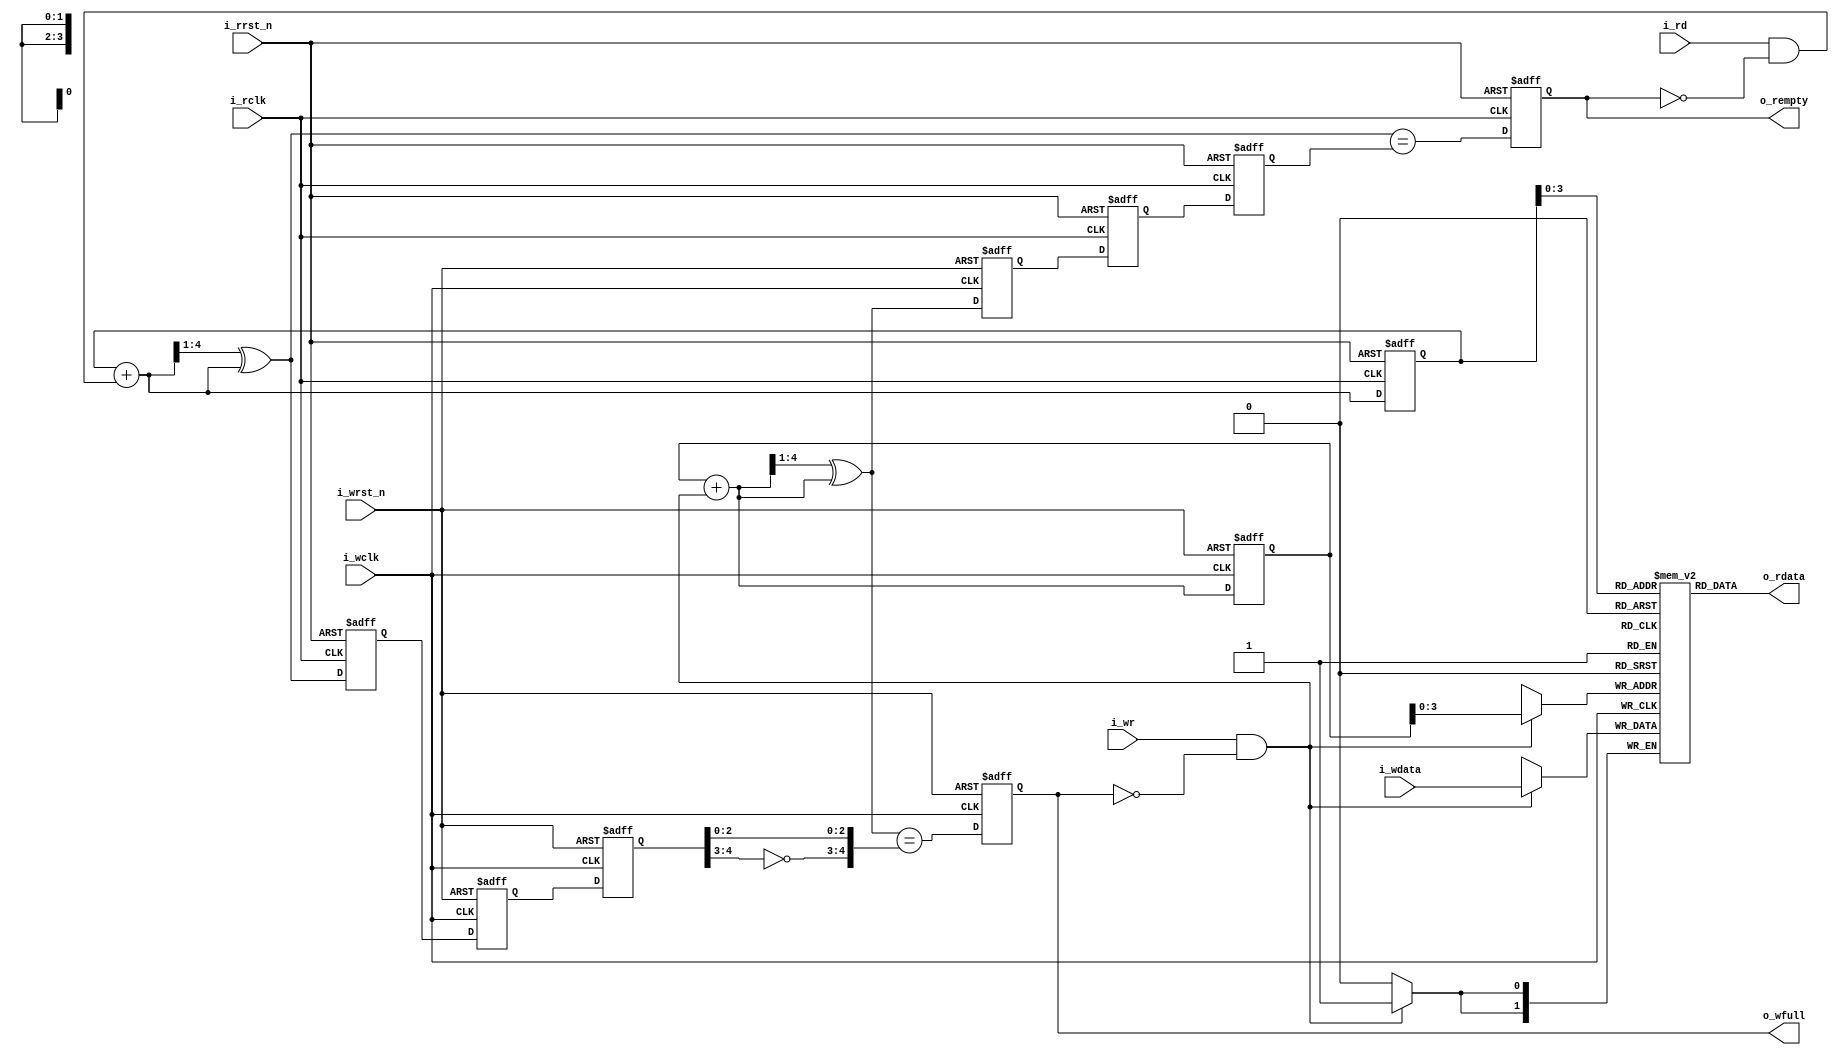
/*
Copyright (c) 2014-2022 Luiz Carlos Gili

Permission is hereby granted, free of charge, to any person obtaining a copy
of this software and associated documentation files (the "Software"), to deal
in the Software without restriction, including without limitation the rights
to use, copy, modify, merge, publish, distribute, sublicense, and/or sell
copies of the Software, and to permit persons to whom the Software is
furnished to do so, subject to the following conditions:

The above copyright notice and this permission notice shall be included in
all copies or substantial portions of the Software.

THE SOFTWARE IS PROVIDED "AS IS", WITHOUT WARRANTY OF ANY KIND, EXPRESS OR
IMPLIED, INCLUDING BUT NOT LIMITED TO THE WARRANTIES OF MERCHANTABILITY
FITNESS FOR A PARTICULAR PURPOSE AND NONINFRINGEMENT. IN NO EVENT SHALL THE
AUTHORS OR COPYRIGHT HOLDERS BE LIABLE FOR ANY CLAIM, DAMAGES OR OTHER
LIABILITY, WHETHER IN AN ACTION OF CONTRACT, TORT OR OTHERWISE, ARISING FROM,
OUT OF OR IN CONNECTION WITH THE SOFTWARE OR THE USE OR OTHER DEALINGS IN
THE SOFTWARE.
*/

// Language: Verilog 2001

`timescale 1ns / 1ps

///////////////////////////////////////////////////////////////////////////////
//
//
// Project:	afifo, A formal proof of Cliff Cummings' asynchronous FIFO
//
// Purpose:	This file defines the behaviour of an asynchronous FIFO.
//		It was originally copied from a paper by Clifford E. Cummings
//	of Sunburst Design, Inc.  Since then, many of the variable names have
//	been changed and the logic has been rearranged.  However, the
//	fundamental logic remains the same.
//
// Creator:	Dan Gisselquist, Ph.D.
//		Gisselquist Technology, LLC
//
////////////////////////////////////////////////////////////////////////////////
//
// The Verilog logic for this project comes from the paper by Clifford E.
// Cummings, of Sunburst Design, Inc, titled: "Simulation and Synthesis
// Techniques for Asynchronous FIFO Design".  This paper may be found at
// sunburst-design.com.
//
// Minor edits to that logic have been made by Gisselquist Technology, LLC.
// Gisselquist Technology, LLC, asserts no copywrite or ownership of these
// minor edits.
//
//
//
// The formal properties within this project, contained between the
// `ifdef FORMAL line and its corresponding `endif, are owned by Gisselquist
// Technology, LLC, and Copyrighted as such.  Hence, the following copyright
// statement regarding these properties:
//
// Copyright (C) 2018, Gisselquist Technology, LLC
//
// These properties are free software (firmware): you can redistribute it and/or
// modify it under the terms of  the GNU General Public License as published
// by the Free Software Foundation, either version 3 of the License, or (at
// your option) any later version.
//
// This program is distributed in the hope that it will be useful, but WITHOUT
// ANY WARRANTY; without even the implied warranty of MERCHANTIBILITY or
// FITNESS FOR A PARTICULAR PURPOSE.  See the GNU General Public License
// for more details.
//
// You should have received a copy of the GNU General Public License along
// with this program.  (It's in the $(ROOT)/doc directory.  Run make with no
// target there if the PDF file isn't present.)  If not, see
// <http://www.gnu.org/licenses/> for a copy.
//
// License:	GPL, v3, as defined and found on www.gnu.org,
//		http://www.gnu.org/licenses/gpl.html
//
//
////////////////////////////////////////////////////////////////////////////////
//
//

//`default_nettype	none
//
//
module fifo_async #(
        parameter	DSIZE = 2,
		parameter	ASIZE = 4
)(
    input	wire i_wclk,
    input	wire i_wrst_n,
    input	wire i_wr,
    input	wire [DSIZE-1:0]i_wdata,
    output	reg  o_wfull,
    input	wire i_rclk,
    input	wire i_rrst_n,
    input	wire i_rd,
    output	wire [DSIZE-1:0] o_rdata,
    output	reg o_rempty
);
	
	localparam	DW = DSIZE,
			AW = ASIZE;
	
	


	wire	[AW-1:0]	waddr, raddr;
	wire			wfull_next, rempty_next;
	reg	[AW:0]		wgray, wbin, wq2_rgray, wq1_rgray,
				rgray, rbin, rq2_wgray, rq1_wgray;
	//
	wire	[AW:0]		wgraynext, wbinnext;
	wire	[AW:0]		rgraynext, rbinnext;

	reg	[DW-1:0]	mem	[0:((1<<AW)-1)];

	/////////////////////////////////////////////
	//
	//
	// Write logic
	//
	//
	/////////////////////////////////////////////

	//
	// Cross clock domains
	//
	// Cross the read Gray pointer into the write clock domain
	initial	{ wq2_rgray,  wq1_rgray } = 0;
	always @(posedge i_wclk or negedge i_wrst_n)
	if (!i_wrst_n)
		{ wq2_rgray, wq1_rgray } <= 0;
	else
		{ wq2_rgray, wq1_rgray } <= { wq1_rgray, rgray };



	// Calculate the next write address, and the next graycode pointer.
	assign	wbinnext  = wbin + { {(AW){1'b0}}, ((i_wr) && (!o_wfull)) };
	assign	wgraynext = (wbinnext >> 1) ^ wbinnext;

	assign	waddr = wbin[AW-1:0];

	// Register these two values--the address and its Gray code
	// representation
	initial	{ wbin, wgray } = 0;
	always @(posedge i_wclk or negedge i_wrst_n)
	if (!i_wrst_n)
		{ wbin, wgray } <= 0;
	else
		{ wbin, wgray } <= { wbinnext, wgraynext };

	assign	wfull_next = (wgraynext == { ~wq2_rgray[AW:AW-1],
				wq2_rgray[AW-2:0] });

	//
	// Calculate whether or not the register will be full on the next
	// clock.
	initial	o_wfull = 0;
	always @(posedge i_wclk or negedge i_wrst_n)
	if (!i_wrst_n)
		o_wfull <= 1'b0;
	else
		o_wfull <= wfull_next;

	//
	// Write to the FIFO on a clock
	always @(posedge i_wclk)
	if ((i_wr)&&(!o_wfull))
		mem[waddr] <= i_wdata;

	////////////////////////////////////////////////////////////////////////
	////////////////////////////////////////////////////////////////////////
	//
	//
	// Read logic
	//
	//
	////////////////////////////////////////////////////////////////////////
	////////////////////////////////////////////////////////////////////////
	//
	//

	//
	// Cross clock domains
	//
	// Cross the write Gray pointer into the read clock domain
	initial	{ rq2_wgray,  rq1_wgray } = 0;
	always @(posedge i_rclk or negedge i_rrst_n)
	if (!i_rrst_n)
		{ rq2_wgray, rq1_wgray } <= 0;
	else
		{ rq2_wgray, rq1_wgray } <= { rq1_wgray, wgray };


	// Calculate the next read address,
	assign	rbinnext  = rbin + { {(AW){1'b0}}, ((i_rd)&&(!o_rempty)) };
	// and the next Gray code version associated with it
	assign	rgraynext = (rbinnext >> 1) ^ rbinnext;

	// Register these two values, the read address and the Gray code version
	// of it, on the next read clock
	//
	initial	{ rbin, rgray } = 0;
	always @(posedge i_rclk or negedge i_rrst_n)
	if (!i_rrst_n)
		{ rbin, rgray } <= 0;
	else
		{ rbin, rgray } <= { rbinnext, rgraynext };

	// Memory read address Gray code and pointer calculation
	assign	raddr = rbin[AW-1:0];

	// Determine if we'll be empty on the next clock
	assign	rempty_next = (rgraynext == rq2_wgray);

	initial o_rempty = 1;
	always @(posedge i_rclk or negedge i_rrst_n)
	if (!i_rrst_n)
		o_rempty <= 1'b1;
	else
		o_rempty <= rempty_next;

	//
	// Read from the memory--a clockless read here, clocked by the next
	// read FLOP in the next processing stage (somewhere else)
	//
	assign	o_rdata = mem[raddr];


	////////////////////////////////////////////////////////////////////////
	////////////////////////////////////////////////////////////////////////
	//
	//  Formal properties
	//
	////////////////////////////////////////////////////////////////////////
	////////////////////////////////////////////////////////////////////////
	//
	//
`ifdef	FORMAL
`ifdef	AFIFO
`define	ASSUME	assume
`define	ASSERT	assert
`else
`define	ASSUME	assert
`define	ASSERT	assume
`endif
	//
	// Set up the f_past_valid registers.  We'll need one for each of
	// the three clock domains: write, read, and the global simulation
	// clock.
	//
	reg	f_past_valid_rd, f_past_valid_wr, f_past_valid_gbl;

	initial	f_past_valid_gbl = 0;
	always @($global_clock)
		f_past_valid_gbl <= 1'b1;

	initial	f_past_valid_wr  = 0;
	always @(posedge i_wclk)
		f_past_valid_wr  <= 1'b1;

	initial	f_past_valid_rd  = 0;
	always @(posedge i_rclk)
		f_past_valid_rd  <= 1'b1;

	always @(*)
	if (!f_past_valid_gbl)
		`ASSERT((!f_past_valid_wr)&&(!f_past_valid_rd));

	////////////////////////////////////////////////////////////////////////
	//
	// Setup the two clocks themselves.  We'll assert nothing regarding
	// their relative phases or speeds.
	//
	////////////////////////////////////////////////////////////////////////
	//
	//
`ifdef	AFIFO
	localparam	F_CLKBITS=5;
	wire	[F_CLKBITS-1:0]	f_wclk_step, f_rclk_step;

	assign	f_wclk_step = $anyconst;
	assign	f_rclk_step = $anyconst;
	always @(*)
		assume(f_wclk_step != 0);
	always @(*)
		assume(f_rclk_step != 0);

	reg	[F_CLKBITS-1:0]	f_wclk_count, f_rclk_count;

	always @($global_clock)
		f_wclk_count <= f_wclk_count + f_wclk_step;
	always @($global_clock)
		f_rclk_count <= f_rclk_count + f_rclk_step;

	always @(*)
	begin
		assume(i_wclk == f_wclk_count[F_CLKBITS-1]);
		assume(i_rclk == f_rclk_count[F_CLKBITS-1]);
	end
`endif

	////////////////////////////////////////////////////////////////////////
	//
	// Assumptions regarding the two reset inputs.  We'll insist that
	// the reset inputs follow some external reset logic, and that both
	// may be asynchronously asserted from that external reset wire, and
	// only ever synchronously de-asserted.
	//
	////////////////////////////////////////////////////////////////////////
	//
	//
	// initial	assume(!i_wrst_n);
	// initial	assume(!i_rrst_n);
	initial	assume(i_rrst_n == i_wrst_n);

	always @($global_clock)
		assume($fell(i_wrst_n)==$fell(i_rrst_n));

	always @($global_clock)
	if (!$rose(i_wclk))
		assume(!$rose(i_wrst_n));

	always @($global_clock)
	if (!$rose(i_rclk))
		assume(!$rose(i_rrst_n));

	always @($global_clock)
	if (!i_wrst_n)
		assert(rbin == 0);


	////////////////////////////////////////////////////
	//
	// Now let's make some assumptions about how our inputs can only ever
	// change on a clock edge.
	//
	////////////////////////////////////////////////////
	//
	//
	always @($global_clock)
	if (f_past_valid_gbl)
	begin
		if (!$rose(i_wclk))
		begin
			assume($stable(i_wr));
			assume($stable(i_wdata));
			assert($stable(o_wfull)||(!i_wrst_n));
		end

		if (!$rose(i_rclk))
		begin
			assume($stable(i_rd));
			assert((o_rempty)||($stable(o_rdata)));
			assert((!i_rrst_n)||($stable(o_rempty)));
		end
	end


	////////////////////////////////////////////////////
	//
	// Following any reset, several values must be in a known
	// configuration--including cross clock values.  assert
	// those here to insure a consistent state, to include the
	// states of their cross-clock domain counterparts.
	//
	////////////////////////////////////////////////////
	//
	//
	always @($global_clock)
	if ((!f_past_valid_wr)||(!i_wrst_n))
	begin
		`ASSUME(i_wr == 0);
		//
		`ASSERT(wgray == 0);
		`ASSERT(wbin == 0);
		`ASSERT(!o_wfull);
		//
		`ASSERT(wq1_rgray == 0);
		`ASSERT(wq2_rgray == 0);
		`ASSERT(rq1_wgray == 0);
		`ASSERT(rq2_wgray == 0);
		//
		`ASSERT(rbin == 0);
		`ASSERT(o_rempty);
	end

	always @($global_clock)
	if ((!f_past_valid_rd)||(!i_rrst_n))
	begin
		`ASSUME(i_rd == 0);
		//
		`ASSERT(rgray == 0);
		`ASSERT(rbin == 0);
		`ASSERT(rq1_wgray == 0);
		`ASSERT(rq2_wgray == 0);
		`ASSERT(wq1_rgray == 0);
		`ASSERT(wq2_rgray == 0);
	end

	////////////////////////////////////////////////////////////////////////
	//
	// Calculate the fill level of the FIFO.
	//
	////////////////////////////////////////////////////////////////////////
	//
	//
	// First, let's examine the asynchronous fill.  This is the "true"
	// fill of the FIFO that's never really known in either clock domain,
	// but we can fake it here in our "formal" environment.
	wire	[AW:0]		f_fill;

	assign	f_fill = (wbin - rbin);

	initial	`ASSERT(f_fill == 0);
	always @($global_clock)
		`ASSERT(f_fill <= { 1'b1, {(AW){1'b0}} });

	// Any time the FIFO is full, o_wfull should be true.  It may take a
	// clock or two to clear, though, so this is an implication and not
	// an equals.
	always @($global_clock)
	if (f_fill == {1'b1,{(AW){1'b0}}})
		`ASSERT(o_wfull);

	// If the FIFO is about to be full, the logic should be able
	// to detect that condition.
	always @($global_clock)
	if (f_fill == {1'b0,{(AW){1'b1}}})
		`ASSERT((wfull_next)||(!i_wr)||(o_wfull));

	// Any time the FIFO is empty, o_rempty should be true.  It may be
	// asserted true at other times as well (i.e. there's a lag before
	// its cleared), so this is an implication and not an equals.
	always @($global_clock)
	if (f_fill == 0)
		`ASSERT(o_rempty);

	// If the FIFO is about to be empty, the logic should be able
	// to detect that condition as well.
	always @($global_clock)
	if (f_fill == 1)
		`ASSERT((rempty_next)||(!i_rd)||(o_rempty));

	// The "wgray" variable should be a gray-coded copy of the binary
	// address wbin.
	always @(*)
		`ASSERT(wgray == ((wbin>>1)^wbin));
	// Same for rgray, the read gray register
	always @(*)
		`ASSERT(rgray == ((rbin>>1)^rbin));

	// The indication that the FIFO is full is that wgray and rgray are
	// equal--save that the top two bits of wgray need to be flipped for
	// this comparison.  See the paper for the details of this operation,
	// and why flipping these bits is necessary.
	always @(*)
		`ASSERT( (rgray == { ~wgray[AW:AW-1], wgray[AW-2:0] })
			== (f_fill == { 1'b1, {(AW){1'b0}} }) );

	// The gray pointers should only ever equal if the FIFO is empty,
	// hence the fill should be zero
	always @(*)
		`ASSERT((rgray == wgray) == (f_fill == 0));

	///////////////////////////////////////////////////////////////////////
	//
	// Now repeat, but this time from the reader or writers perspective
	//
	///////////////////////////////////////////////////////////////////////
	//
	//
	reg	[AW:0]	f_w2r_rbin, f_w1r_rbin,
			f_r2w_wbin, f_r1w_wbin;
	wire	[AW:0]	f_w2r_fill, f_r2w_fill;

	// Cross the binary value across clock domains.  Since this is formal,
	// and not real hardware, there's no metastability concerns requiring
	// grayscale.  Hence we can cross the full binary (address count) value
	initial	{ f_w2r_rbin, f_w1r_rbin } = 0;
	always @(posedge i_wclk or negedge i_wrst_n)
	if (!i_wrst_n)
		{ f_w2r_rbin, f_w1r_rbin } <= 0;
	else
		{ f_w2r_rbin, f_w1r_rbin } <= { f_w1r_rbin, rbin };

	initial	{ f_r2w_wbin, f_r1w_wbin } = 0;
	always @(posedge i_rclk or negedge i_rrst_n)
	if (!i_rrst_n)
		{ f_r2w_wbin, f_r1w_wbin } <= 0;
	else
		{ f_r2w_wbin, f_r1w_wbin } <= { f_r1w_wbin, wbin };

	//
	// Now calculate the fill from the perspective of each of the two
	// clock domains

	always @(*)
		`ASSERT(rq1_wgray == ((f_r1w_wbin>>1)^f_r1w_wbin));
	always @(*)
		`ASSERT(rq2_wgray == ((f_r2w_wbin>>1)^f_r2w_wbin));

	always @(*)
		`ASSERT(wq1_rgray == ((f_w1r_rbin>>1)^f_w1r_rbin));
	always @(*)
		`ASSERT(wq2_rgray == ((f_w2r_rbin>>1)^f_w2r_rbin));

	assign	f_w2r_fill = wbin - f_w2r_rbin;
	assign	f_r2w_fill = f_r2w_wbin - rbin;

	// And assert that the fill is always less than or equal to full.
	// This catches underrun as well as overflow, since underrun will
	// look like the fill suddenly increases
	always @(*)
		`ASSERT(f_w2r_fill <= { 1'b1, {(AW){1'b0}} });
	always @(*)
		`ASSERT(f_r2w_fill <= { 1'b1, {(AW){1'b0}} });

	// From the writers perspective, anytime the Gray pointers are
	// equal save for the top bit, the FIFO is full and should be asserted
	// as such.  It is possible for the FIFO to be asserted as full at
	// some other times as well.
	always @(*)
	if (wgray == { ~wq2_rgray[AW:AW-1], wq2_rgray[AW-2:0] })
		`ASSERT(o_wfull);

	// The same basic principle applies to the reader as well.  From the
	// readers perspective, anytime the Gray pointers are equal the FIFO
	// is empty, and should be asserted as such.
	always @(*)
	if (rgray == rq2_wgray)
		`ASSERT(o_rempty);

	////////////////////////////////////////////////////////////////////////
	//
	// One of the keys properties of this algorithm is that
	// no more than one bit of the gray coded values will ever
	// change from one clock and clock domain to the next.
	// Since this is a fundamental property of this algorithm,
	// let's make certain the algorithm is operating as we think
	// it should.
	//
	////////////////////////////////////////////////////////////////////////
	//
	//
`ifdef	ONEHOT
	always @(*)
		`ASSERT((wgray == wgray_next)
			||($onehot(wgray ^ wgray_next)));
	always @(*)
		`ASSERT((rq2_wgray == rq1_wgray)
			||($onehot(rq2_wgray ^ rq1_wgray)));
`else
	genvar	k;
	generate for(k=0; k<= AW; k=k+1)
	begin : CHECK_ONEHOT_WGRAY
		always @(*)
			`ASSERT((wgray[k] == wgraynext[k])
				||(wgray ^ wgraynext ^ (1<<k) == 0));
		always @(*)
			`ASSERT((rq2_wgray[k] == rq1_wgray[k])
				||(rq2_wgray ^ rq1_wgray ^ (1<<k) == 0));
	end endgenerate
`endif

`ifdef ONEHOT
	always @(*)
		`ASSERT((rgray == rgray_next)
			||($onehot(rgray ^ rgray_next)));
	always @(*)
		`ASSERT((wq2_rgray == wq1_rgray)
			||($onehot(wq2_rgray ^ wq1_rgray)));
`else
	genvar	k;
	generate for(k=0; k<= AW; k=k+1)
	begin : CHECK_ONEHOT_RGRAY
		always @(*)
			`ASSERT((rgray[k] == rgraynext[k])
				||(rgray ^ rgraynext ^ (1<<k) == 0));
		always @(*)
			`ASSERT((wq2_rgray[k] == wq1_rgray[k])
				||(wq2_rgray ^ wq1_rgray ^ (1<<k) == 0));
	end endgenerate
`endif

	////////////////////////////////////////////////////////////////////////
	//
	// THE FIFO CONTRACT
	//   Given any two subsequent values written, those same two values
	//   must be read out some time later in the same order
	//
	////////////////////////////////////////////////////////////////////////
	//
	//
`ifdef	AFIFO
	(* anyconst *) wire [AW:0]		f_const_addr;

	wire	[AW:0]		f_const_next_addr;
	assign	f_const_next_addr = f_const_addr + 1;

	(* anyconst *) reg [DW-1:0]	f_const_first, f_const_next;


	reg			f_addr_valid, f_next_valid;

	always @(*)
	begin
		f_addr_valid = 1'b0;
		if((wbin > rbin)&&(wbin > f_const_addr)
					&&(rbin <= f_const_addr))
			// Order rbin <= addr < wbin
			f_addr_valid = 1'b1;
		else if ((wbin < rbin)&&(f_const_addr < wbin))
			// addr < wbin < rbin
			f_addr_valid = 1'b1;
		else if ((wbin < rbin)&&(rbin <= f_const_addr))
			// wbin < rbin < addr
			f_addr_valid = 1'b1;
	end

	always @(*)
	begin
		f_next_valid = 1'b0;
		if((wbin > rbin)&&(wbin > f_const_next_addr)
					&&(rbin <= f_const_next_addr))
			// rbin <= addr < wbin
			f_next_valid = 1'b1;
		else if ((wbin < rbin)&&(f_const_next_addr < wbin))
			// addr < wbin < rbin
			f_next_valid = 1'b1;
		else if ((wbin < rbin)&&(rbin <= f_const_next_addr))
			// wbin < rbin < addr
			f_next_valid = 1'b1;
	end

	reg	f_first_in_fifo, f_second_in_fifo, f_both_in_fifo;

	always @(*)
		f_first_in_fifo = (f_addr_valid)
				&&(mem[f_const_addr[AW-1:0]]==f_const_first);
	always @(*)
		f_second_in_fifo = (f_next_valid)
				&&(mem[f_const_next_addr[AW-1:0]]==f_const_next);

	always @(*)
		f_both_in_fifo = (f_first_in_fifo)&&(f_second_in_fifo);

	reg	f_wait_for_first_read, f_read_first, f_read_second,
		f_wait_for_second_read;

	// States of interest
	always @(*)
		f_wait_for_first_read = (f_both_in_fifo)
				&&((!i_rd)||(f_const_addr != rbin)||(o_rempty));

	always @(*)
		f_read_first = (i_rd)&&(o_rdata == f_const_first)&&(!o_rempty)
			&&(rbin == f_const_addr)&&(f_both_in_fifo);

	always @(*)
		f_wait_for_second_read = (f_second_in_fifo)
				&&((!i_rd)||(o_rempty))
				&&(f_const_next_addr == rbin);

	always @(*)
		f_read_second = (i_rd)&&(o_rdata == f_const_next)&&(!o_rempty)
				&&(rbin == f_const_next_addr)
				&&(f_second_in_fifo);

	always @($global_clock)
	if ((f_past_valid_gbl)&&(i_wrst_n))
	begin
		if ((!$past(f_read_first))&&(($past(f_both_in_fifo))))
			assert((f_wait_for_first_read)
				|| (($rose(i_rclk))&&(f_read_first)));
		if ($past(f_read_first))
			assert(
				((!$rose(i_rclk))&&(f_read_first))
				||($rose(i_rclk)&&((f_read_second)
						||(f_wait_for_second_read))));
		if ($past(f_wait_for_second_read))
			assert((f_wait_for_second_read)
				||(($rose(i_rclk))&&(f_read_second)));
	end
`endif

	////////////////////////////////////////////////////
	//
	// Some cover statements, to make sure valuable states
	// are even reachable
	//
	////////////////////////////////////////////////////
	//

	// Make sure a reset is possible in either domain
	always @(posedge i_wclk)
		cover(i_wrst_n);

	always @(posedge i_rclk)
		cover(i_rrst_n);

	always @($global_clock)
	if (f_past_valid_gbl)
		cover((o_rempty)&&(!$past(o_rempty)));

	always @(*)
	if (f_past_valid_gbl)
		cover(o_wfull);

	always @(posedge i_wclk)
	if (f_past_valid_wr)
		cover($past(o_wfull)&&($past(i_wr))&&(o_wfull));

	always @(posedge i_wclk)
	if (f_past_valid_wr)
		cover($past(o_wfull)&&(!o_wfull));

	always @(posedge i_wclk)
		cover((o_wfull)&&(i_wr));

	always @(posedge i_wclk)
		cover(i_wr);

	always @(posedge i_rclk)
		cover((o_rempty)&&(i_rd));

`endif
endmodule